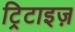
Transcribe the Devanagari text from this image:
ट्रिटाइज़